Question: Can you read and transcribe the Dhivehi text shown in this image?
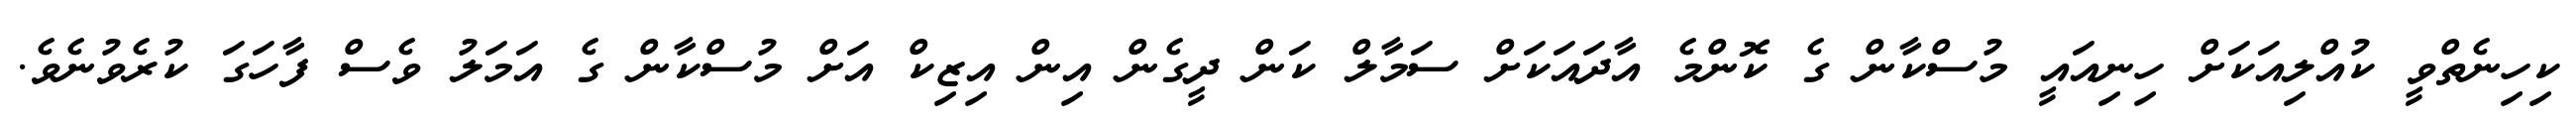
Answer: ކިހިނެތްވީ ކުއްލިއަކަށް ހިނިއައީ މުސްކާން ގެ ކޮންމެ އާދައަކަށް ސަމާލް ކަން ދީގެން އިން އިޒިކް އަށް މުސްކާން ގެ އަމަލު ވެސް ފާހަގަ ކުރެވުނެވެ.